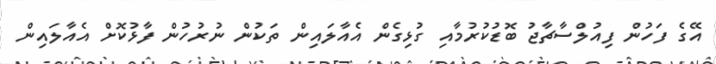
އޭގެ ފަހުން ފިއުލްސާޗާޖު ބޮޑުކުރުމާއި ގުޅިގެން އެއާލައިން ތަކުން ނުރުހުން ފާޅުކޮށް އެއާލައިން